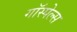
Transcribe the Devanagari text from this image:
गॉस्पेल्स